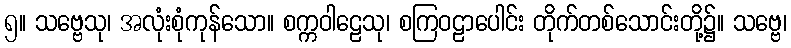
၅။ သဗ္ဗေသု၊ အလုံးစုံကုန်သော။ စက္ကဝါဠေသု၊ စကြဝဠာပေါင်း တိုက်တစ်သောင်းတို့၌။ သဗ္ဗေ၊